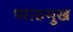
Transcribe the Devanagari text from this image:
पराङमुख